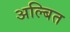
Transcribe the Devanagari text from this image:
अल्बित